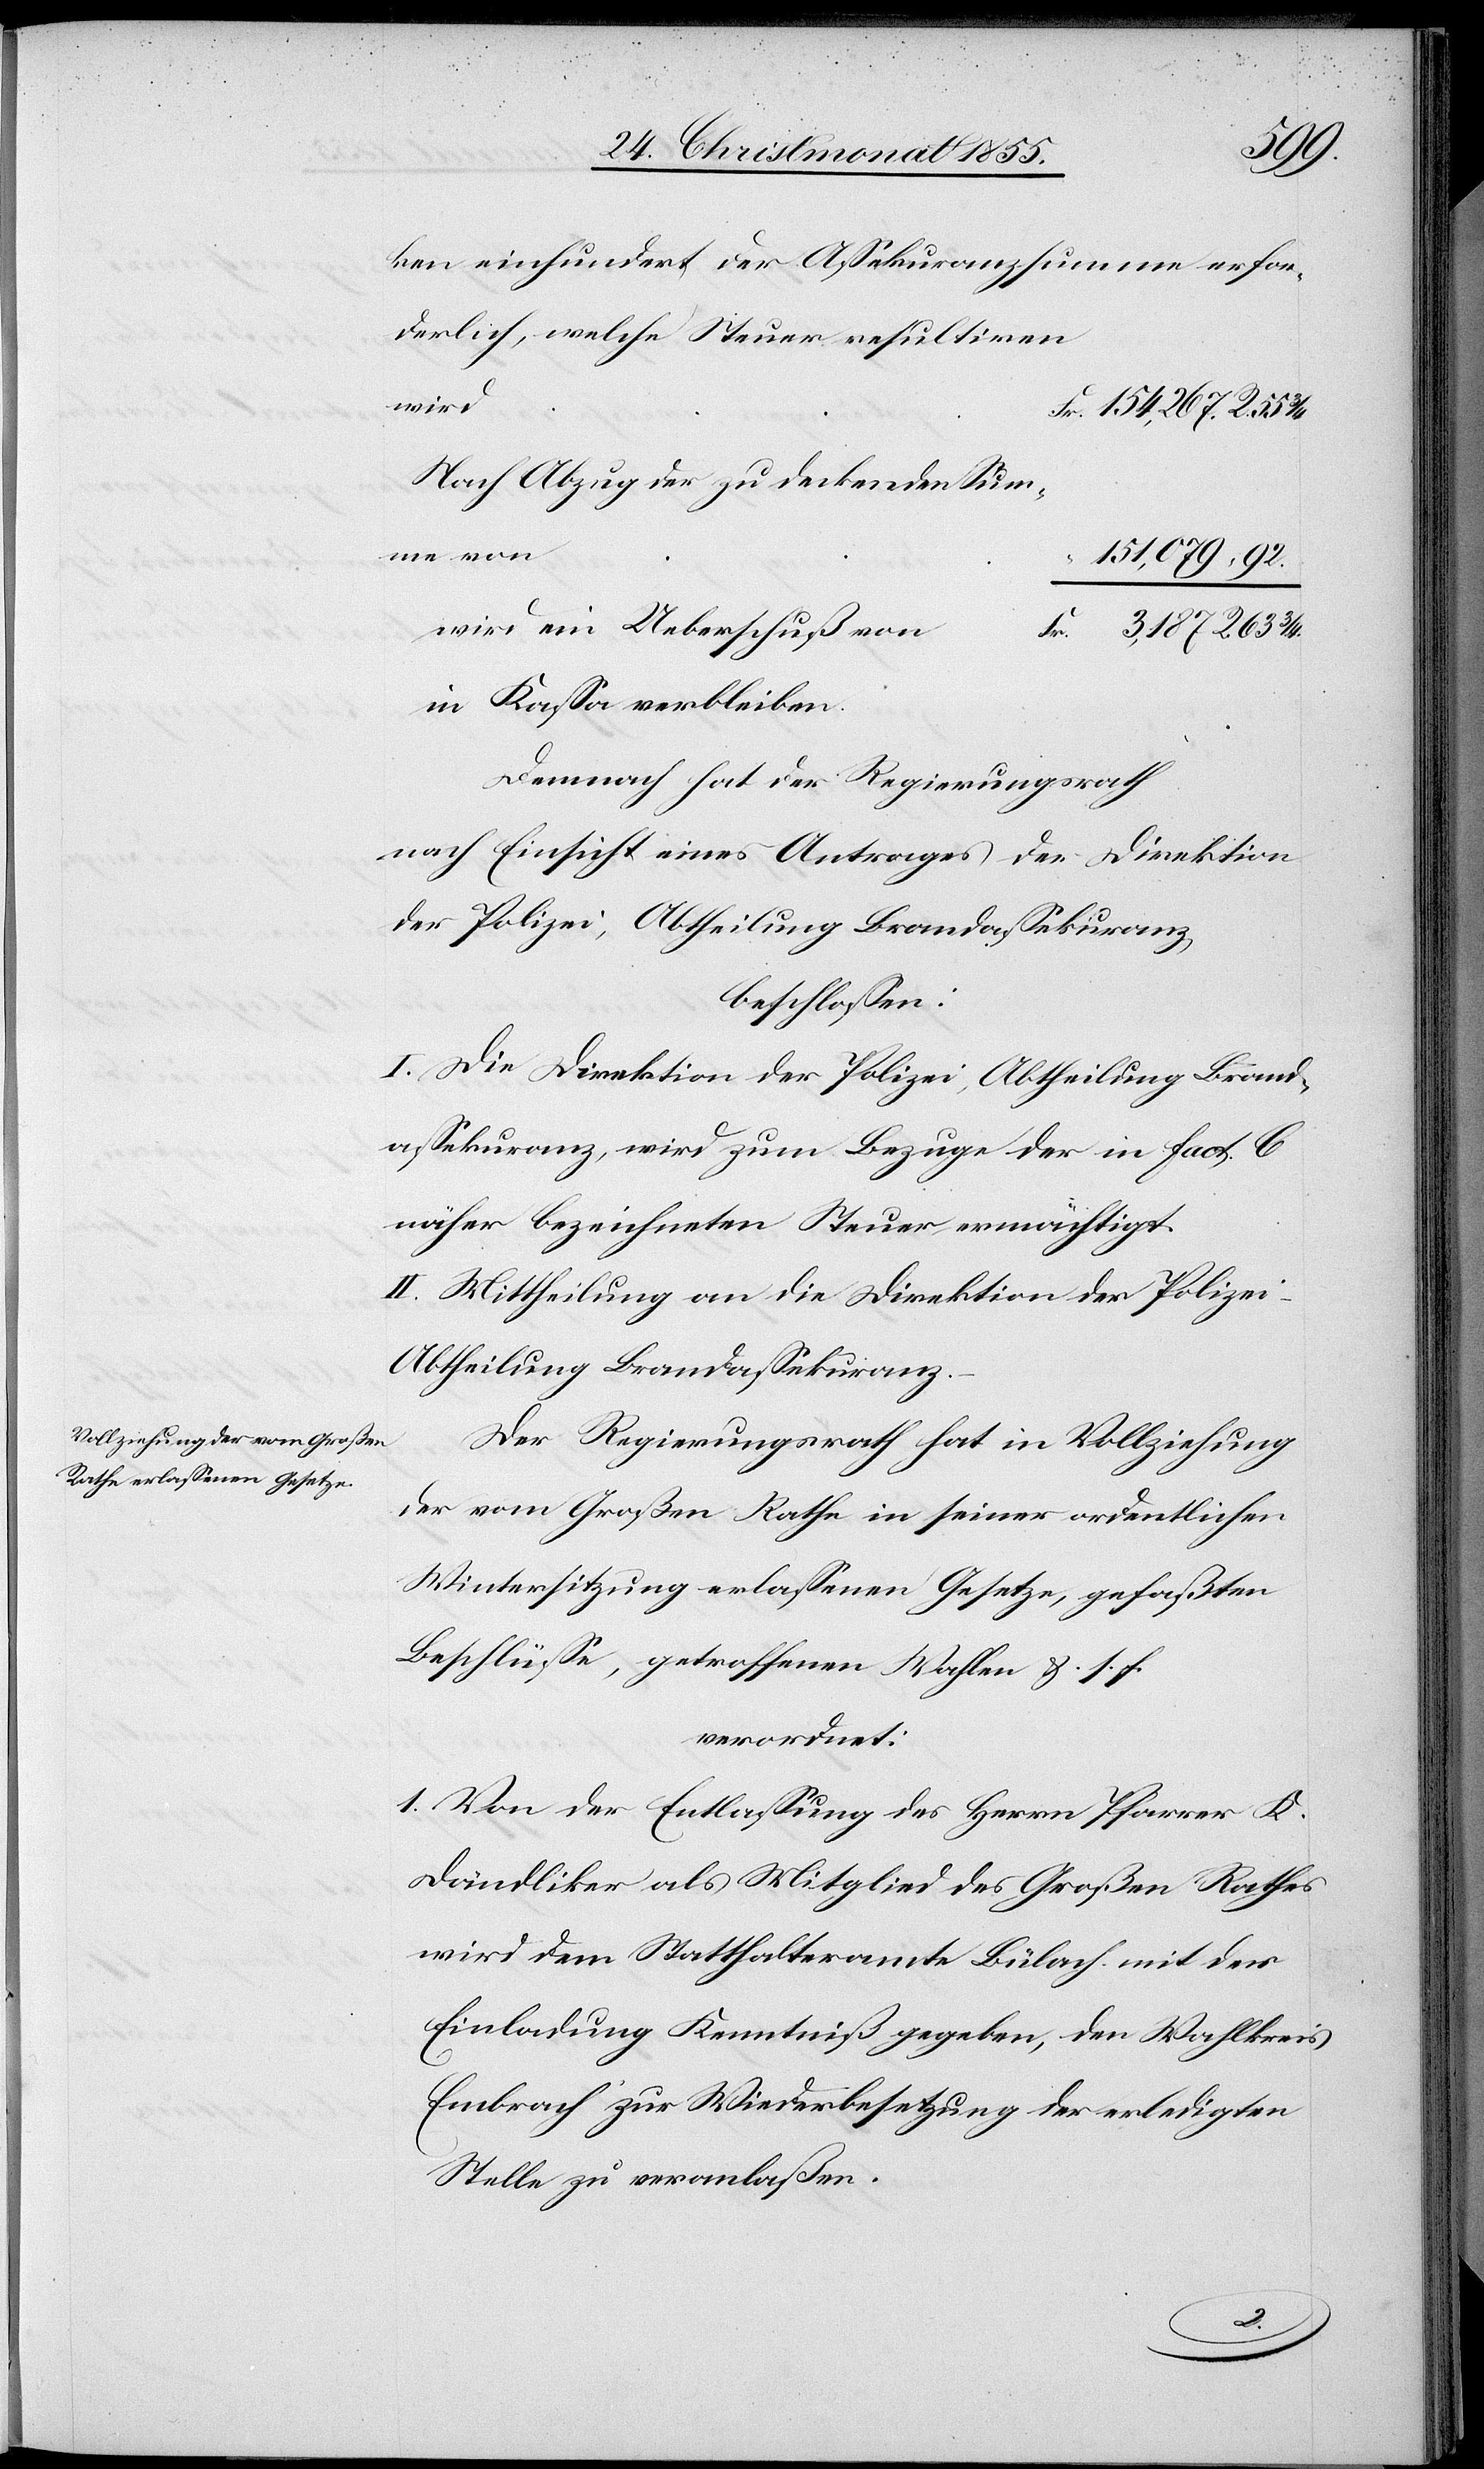
1.
ken einhundert der Assekuranzsumme erfor¬
wird
Fr. 154,267. R. 55
Nach Abzug der zu deckenden Sum¬
me von
151,079 “ 92.
wird ein Ueberschuß von
Fr. 3,187 R. 63 3/4.
in Kassa verbleiben.
Demnach hat der Regierungsrath
nach Einsicht eines Antrages der Direktion
der Polizei, Abtheilung Brandassekuranz
beschlossen:
I. Die Direktion der Polizei, Abtheilung Brand¬
assekuranz, wird zum Bezuge der in Fact. C
näher bezeichneten Steuer ermächtigt.
II. Mittheilung an die Direktion der Polizei
Abtheilung Brandassekuranz.
Der Regierungsrath hat in Vollziehung
der vom Großen Rathe in seiner ordentlichen
Wintersitzung erlassenen Gesetze, gefaßten
Beschlüsse, getroffenen Wahlen &. s. f.
verordnet:
Von der Entlassung des Herrn Pfarrer K.
Dändliker als Mitglied des Großen Rathes
wird dem Statthalteramte Bülach mit der
Einladung Kenntniß gegeben, den Wahlkreis
Embrach zur Wiederbesetzung der erledigten
Stelle zu veranlaßen.